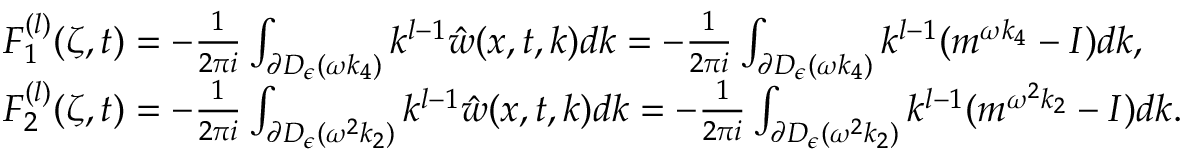
\begin{array} { r l } & { F _ { 1 } ^ { ( l ) } ( \zeta , t ) = - \frac { 1 } { 2 \pi i } \int _ { \partial D _ { \epsilon } ( \omega k _ { 4 } ) } k ^ { l - 1 } \hat { w } ( x , t , k ) d k = - \frac { 1 } { 2 \pi i } \int _ { \partial D _ { \epsilon } ( \omega k _ { 4 } ) } k ^ { l - 1 } ( m ^ { \omega k _ { 4 } } - I ) d k , } \\ & { F _ { 2 } ^ { ( l ) } ( \zeta , t ) = - \frac { 1 } { 2 \pi i } \int _ { \partial D _ { \epsilon } ( \omega ^ { 2 } k _ { 2 } ) } k ^ { l - 1 } \hat { w } ( x , t , k ) d k = - \frac { 1 } { 2 \pi i } \int _ { \partial D _ { \epsilon } ( \omega ^ { 2 } k _ { 2 } ) } k ^ { l - 1 } ( m ^ { \omega ^ { 2 } k _ { 2 } } - I ) d k . } \end{array}